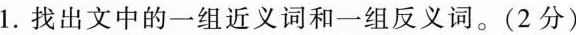
1.找出文中的一组近义词和一组反义词。(2分)